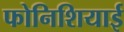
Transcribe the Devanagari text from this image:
फोनिशियाई